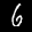
Label: 6